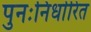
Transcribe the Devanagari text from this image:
पुनःनिर्धारित